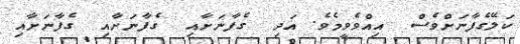
ކަލޭގެފާނަށްވެސް  އިއްވެވީމެވެ. އަދި  ގެފާނަށާއި  ގެފާނަށާއި  ގެފާނަށާއި